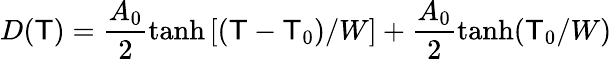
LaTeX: D(\mathsf{T})=\frac{{A_{0}}}{{2}}\operatorname{tanh}\left[(\mathsf{T}-\mathsf{T}_{0})/W\right]+\frac{{A_{0}}}{{2}}\operatorname{tanh}(\mathsf{T}_{0}/W)